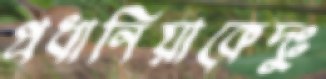
প্রধানিয়াকেদুঃ